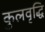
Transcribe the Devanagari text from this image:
कुलवृद्धि